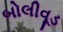
બોલીવૂડ